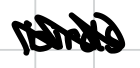
Text: birds
Cross-out: zig-zag
Writing tool: digital_black